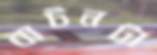
বাটনটা